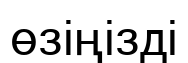
өзіңізді